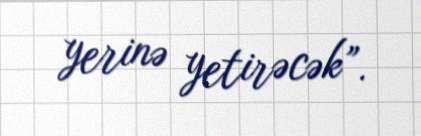
yerinə yetirəcək”.